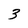
Character: 3